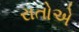
રાતોએ